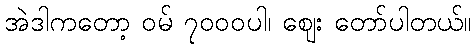
အဲဒါကတော့ ဝမ် ၇၀၀၀ပါ၊ ဈေး တော်ပါတယ်။